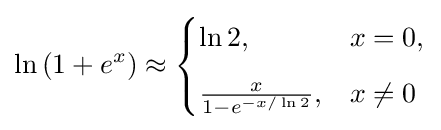
\ln \left(1+e^{x}\right)\approx {\begin{cases}\ln 2,&x=0,\\[6pt]{\frac {x}{1-e^{-x/\ln 2}}},&x\neq 0\end{cases}}